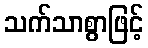
သက်သာစွာဖြင့်